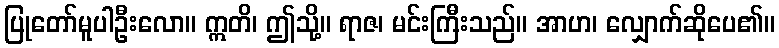
ပြုတော်မူပါဦးလော။ ဣတိ၊ ဤသို့။ ရာဇ၊ မင်းကြီးသည်။ အာဟ၊ လျှောက်ဆိုပေ၏။